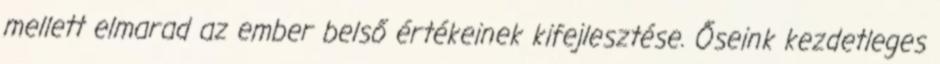
mellett elmarad az ember belső értékeinek kifejlesztése. Őseink kezdetleges